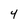
Character: 4